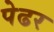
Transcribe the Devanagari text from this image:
पेढर